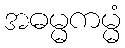
အဓမ္မကမ္မံ